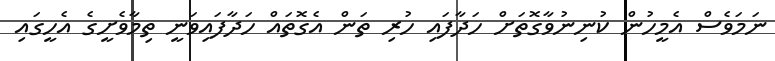
ނަމަވެސް އެމީހުން ކުނިނުވާގޮތަށް ހަދާފައި ހުރި ތަން އެގޮތައް ހަދާފައިވަނީ ތިމާވެށީގެ އެހީގައި